Madras plague regulations in force outside the Presidency town - Volume 1
Disease focus: Plague
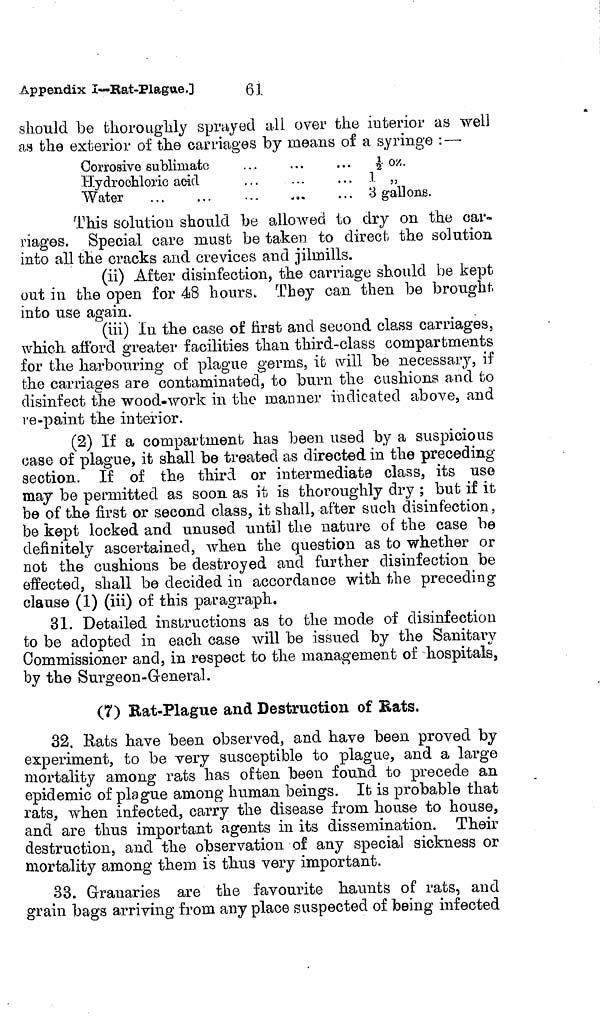
Appendix
I-Rat-Plague.]
61
should be thoroughly sprayed all over the interior as well
as the exterior of the carriages by means of a syringe : —
Corrosive sublimate
Hydrochloric acid
Water
1/2 oz.
1 „
3 gallons.
This solution should be allowed to dry on the car-
riages. Special care must be taken to direct the solution
into all the cracks and crevices and jilmills.
(ii) After disinfection, the carriage should be kept
out in the open for 48 hours. They can then be brought
into use again.
(iii) In the case of ñrst and second class carriages,
which afford greater facilities than third-class compartments
for the harbouring of plague germs, it will be necessary, if
the carriages are contaminated, to burn the cushions and to
disinfect the wood-work in the manner indicated above, and
re-paint the interior.
(2) If a compartment has been used by a suspicious
case of plague, it shall be treated as directed in the preceding
section. If of the third or intermediate class, its use
may be permitted as soon as it is thoroughly dry ; but if it
be of the first or second class, it shall, after such disinfection,
be kept locked and unused until the nature of the case be
definitely ascertained, when the question as to whether or
not the cushions be destroyed and further disinfection be
effected, shall be decided in accordance with the preceding
clause (1) (iii) of this paragraph.
31. Detailed instructions as to the mode of disinfection
to be adopted in each case will be issued by the Sanitary
Commissioner and, in respect to the management of hospitals,
by the Surgeon-General.
(7) Rat-Plague and Destruction of Rats.
32. Rats have been observed, and have been proved by
experiment, to be very susceptible to plague, and a large
mortality among rats has often been found to precede an
epidemic of plague among human beings. It is probable that
rats, when infected, carry the disease from house to house,
and are thus important agents in its dissemination. Their
destruction, and the observation of any special sickness or
mortality among them is thus very important.
33. Granaries are the favourite haunts of rats, and
grain bags arriving from any place suspected of being infected